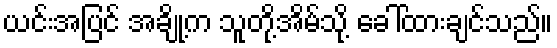
ယင်းအပြင် အချို့က သူတို့အိမ်သို့ ခေါ်ထားချင်သည်။